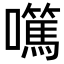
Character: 𡄍